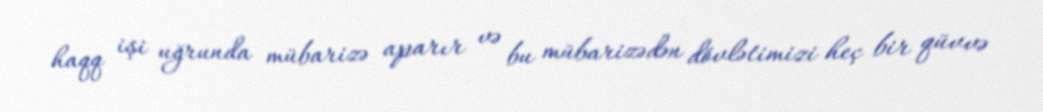
haqq işi uğrunda mübarizə aparır və bu mübarizədən dövlətimizi heç bir qüvvə